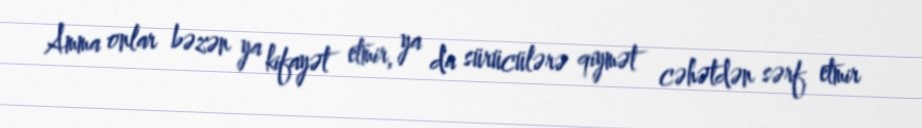
Amma onlar bəzən ya kifayət etmir, ya da sürücülərə qiymət cəhətdən sərf etmir